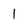
Character: 1